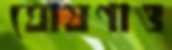
ঘোষণাও